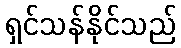
ရှင်သန်နိုင်သည်